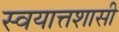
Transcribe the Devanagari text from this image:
स्वयात्तशासी